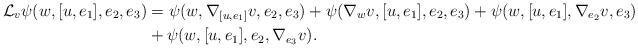
LaTeX: \begin{align*} \mathcal L_v\psi(w,[u, e_1],e_2,e_3)&=\psi(w,{\nabla_{[u, e_1]}v},e_2,e_3) +\psi(\nabla_wv,{[u, e_1]},e_2,e_3)+\psi(w,{[u, e_1]},\nabla_{e_2}v,e_3)\\ &+\psi(w,{[u, e_1]},e_2,\nabla_{e_3}v). \end{align*}